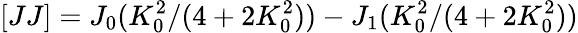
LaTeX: [JJ]=J_{0}(K_{0}^{2}/(4+2K_{0}^{2}))-J_{1}(K_{0}^{2}/(4+2K_{0}^{2}))